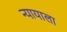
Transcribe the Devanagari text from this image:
न्यायाला